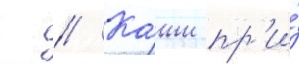
г // Карши пр'и́